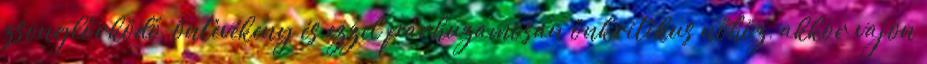
zsonglőrködő, öntevékeny és ezzel párhuzamosan önkritikus nőhöz, akkor vajon